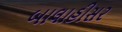
બાલાહીસર